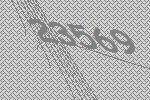
23569